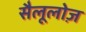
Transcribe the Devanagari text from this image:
सैलूलोज़